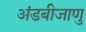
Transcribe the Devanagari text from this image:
अंडबीजाणु